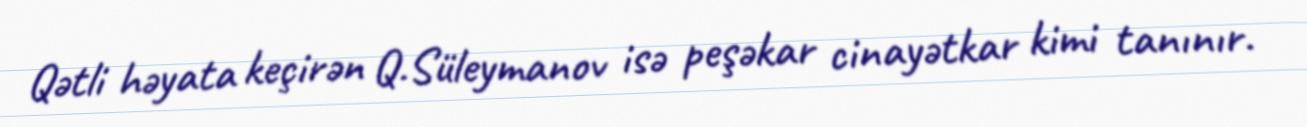
Qətli həyata keçirən Q.Süleymanov isə peşəkar cinayətkar kimi tanınır.